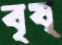
বৃষ্